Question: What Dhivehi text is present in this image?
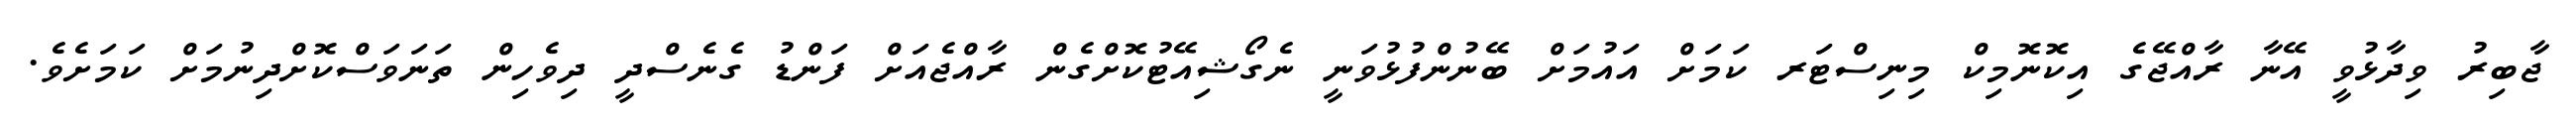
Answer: ޖާބިރު ވިދާޅުވީ އޭނާ ރާއްޖޭގެ އިކޮނޮމިކް މިނިސްޓަރ ކަމަށް އައުމަށް ބޭނުންފުޅުވަނީ ނެގޯޝިއޭޓުކޮށްގެން ރާއްޖެއަށް ފަންޑު ގެނެސްދީ ދިވެހިން ތަނަވަސްކޮށްދިނުމަށް ކަމަށެވެ.